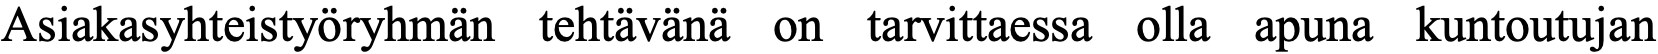
Asiakasyhteistyöryhmän tehtävänä on tarvittaessa olla apuna kuntoutujan